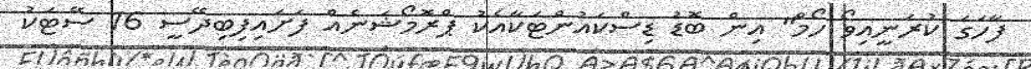
ފާހަގަ ކުރަނީއިވޯ ހޯމް" އިން ބޮޑު ޑިސްކައުންޓަކާއެކު ޕްރޮމޯޝަނެއް ފަށައިފިބިދޭސީ 16 ސޭޓަކު